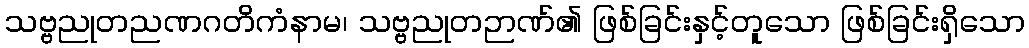
သဗ္ဗညုတညဏဂတိကံနာမ၊ သဗ္ဗညုတဉာဏ်၏ ဖြစ်ခြင်းနှင့်တူသော ဖြစ်ခြင်းရှိသော